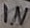
Text: IN